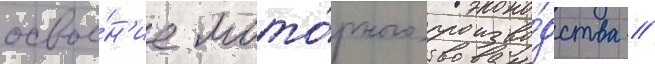
освое́н'ие мото́рного произво́дства //